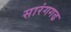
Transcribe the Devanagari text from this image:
सारंगगढ